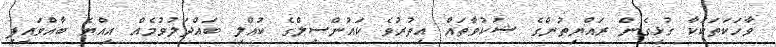
ވާހަކަތަކަކާ ގުޅިގެން ރައްޔިތުންގެ ޝަކުވާތައް އިތުރުވެ ކައުންސިލްގެ ކުއްލި ބައްދަލުވުމެއް އިއްޔެ ބާއްވައިފި